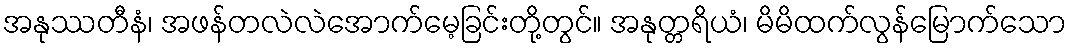
အနုဿတီနံ၊ အဖန်တလဲလဲအောက်မေ့ခြင်းတို့တွင်။ အနုတ္တရိယံ၊ မိမိထက်လွန်မြောက်သော